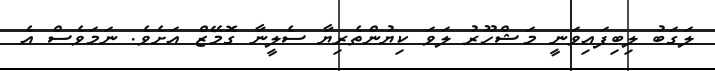
ލަގަބު ލިބިފައިވަނީ މަޝްހޫރު ލަވަ ކިޔުންތެރިޔާ ސެލީނާ ގޮމޭޒް އަށެވެ. ނަމަވެސް އެ